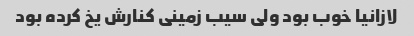
لازانیا خوب بود ولی سیب زمینی کنارش یخ کرده بود